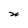
Character: W